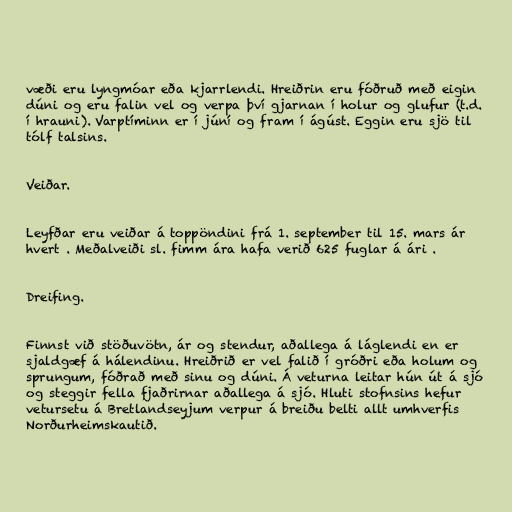
væði eru lyngmóar eða kjarrlendi. Hreiðrin eru fóðruð með eigin
dúni og eru falin vel og verpa því gjarnan í holur og glufur (t.d.
í hrauni). Varptíminn er í júní og fram í ágúst. Eggin eru sjö til
tólf talsins.

Veiðar.

Leyfðar eru veiðar á toppöndini frá 1. september til 15. mars ár
hvert . Meðalveiði sl. fimm ára hafa verið 625 fuglar á ári .

Dreifing.

Finnst við stöðuvötn, ár og stendur, aðallega á láglendi en er
sjaldgæf á hálendinu. Hreiðrið er vel falið í gróðri eða holum og
sprungum, fóðrað með sinu og dúni. Á veturna leitar hún út á sjó
og steggir fella fjaðrirnar aðallega á sjó. Hluti stofnsins hefur
vetursetu á Bretlandseyjum verpur á breiðu belti allt umhverfis
Norðurheimskautið.